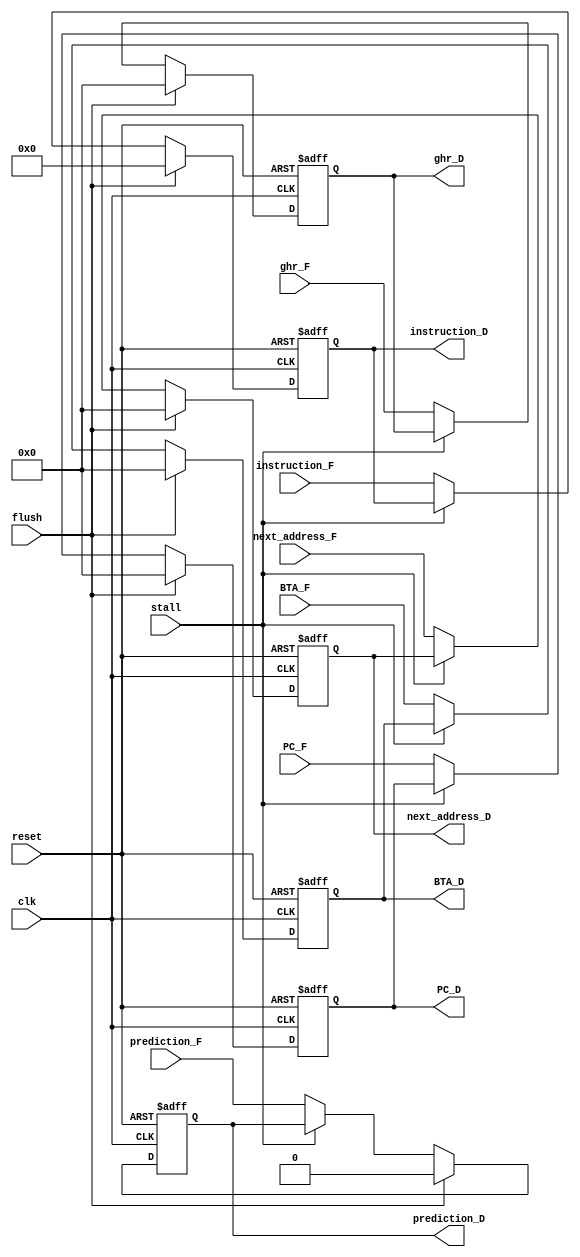
module INSTRUCTION_FETCH_REG
(
	input clk,
	input reset,
	input [4:0] BTA_F,
	input prediction_F,
	input [4:0] PC_F,
	input stall,
	input flush,
	input wire [31:0] instruction_F,
	input wire [4:0] next_address_F,
	input wire [4:0] ghr_F,
	output reg [31:0] instruction_D,
	output reg [4:0] next_address_D,
	output reg [4:0] PC_D,
	output reg prediction_D,
	output reg [4:0] BTA_D,
	output reg [4:0] ghr_D
);

	
	always @ (posedge clk, posedge reset) begin
		if(reset) begin
			instruction_D <= 0;
			BTA_D <= 0;
			prediction_D <= 0;
			next_address_D <= 0;
			PC_D <= 0;
			ghr_D<=0;
		end
		else if (flush) begin
			instruction_D = 0;
			BTA_D = 0;
			prediction_D = 0;
			next_address_D = 0;
			PC_D = 0;
			ghr_D=0;
		end
		else if (~stall) begin
			prediction_D = prediction_F;
			instruction_D = instruction_F;
			next_address_D = next_address_F;
			PC_D = PC_F;
			BTA_D = BTA_F;
			ghr_D=ghr_F;
		end
	end

endmodule